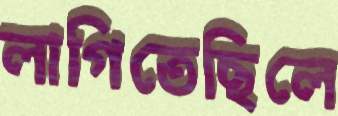
লাগিতেছিলে